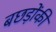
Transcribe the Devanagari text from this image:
बछड़ोंकी